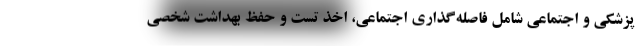
پزشکی و اجتماعی شامل فاصله‌گذاری اجتماعی، اخذ تست و حفظ بهداشت شخصی